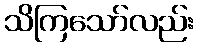
သိကြသော်လည်း